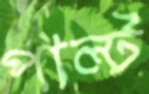
পাল্‌ট